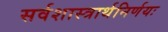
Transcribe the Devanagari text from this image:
सर्वशास्त्रार्थनिर्णयः